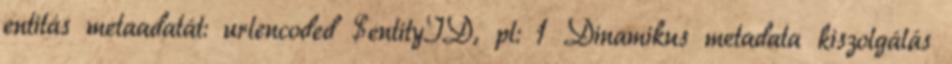
entitás metaadatát: urlencoded $entityID, pl: 1 Dinamikus metadata kiszolgálás